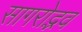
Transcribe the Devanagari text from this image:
सागरोद्भव